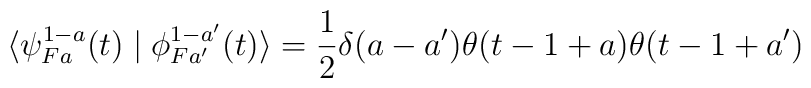
\langle\psi ^{1-a}_{Fa}(t)\mid\phi ^{1-a'}_{Fa'}(t)\rangle=\frac{1}{2}\delta (a-a')\theta (t-1+a)\theta (t-1+a')